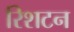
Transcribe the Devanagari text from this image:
रिशटन